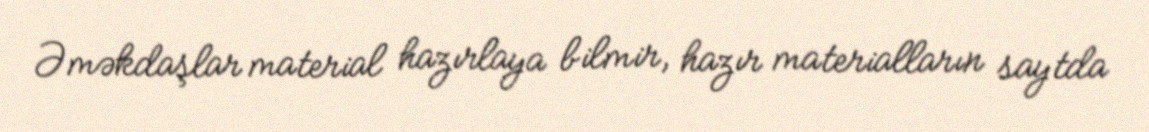
Əməkdaşlar material hazırlaya bilmir, hazır materialların saytda